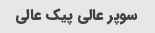
سوپر عالی پیک عالی